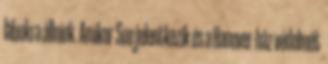
lábukra állniuk. Amikor Sue jelentkezik és a Hanover-ház védelmét